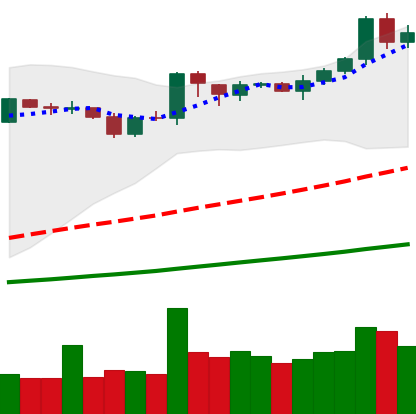
Ticker: BNB-USD
Chart end date: 2019-04-04
Forward return: -3.697%
Label: down_3_5